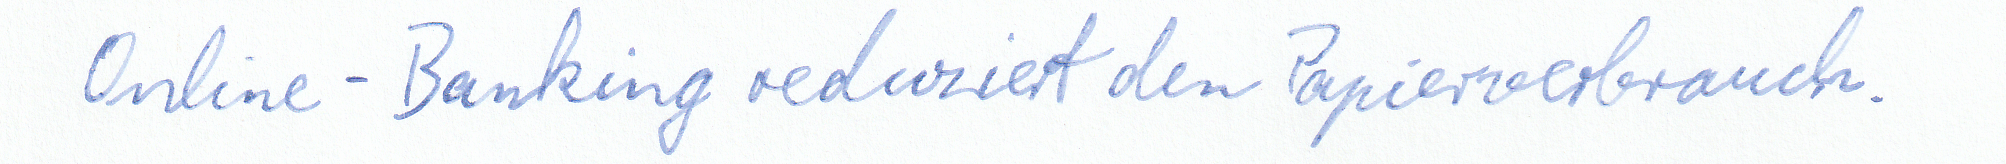
Online-Banking reduziert den Papierverbrauch.